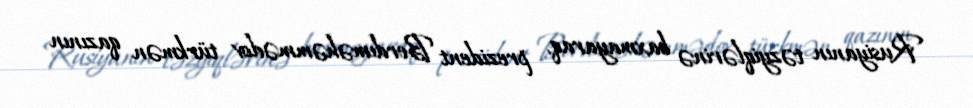
Rusiyanın təzyiqlərinə baxmayaraq, prezident Berdıməhəmmədov türkmən qazının